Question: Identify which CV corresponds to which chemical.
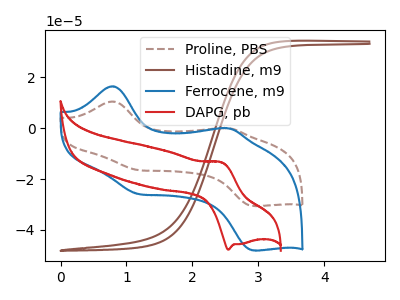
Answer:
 <answer>The brown dashed curve is labeled "Proline, PBS". The brown curve is labeled "Histadine, m9". The blue curve is labeled "Ferrocene, m9". The red curve is labeled "DAPG, pb".</answer>
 <eval></eval>